Plague in India, 1896, 1897 - Volume 3
Year: 1896
Disease focus: Plague
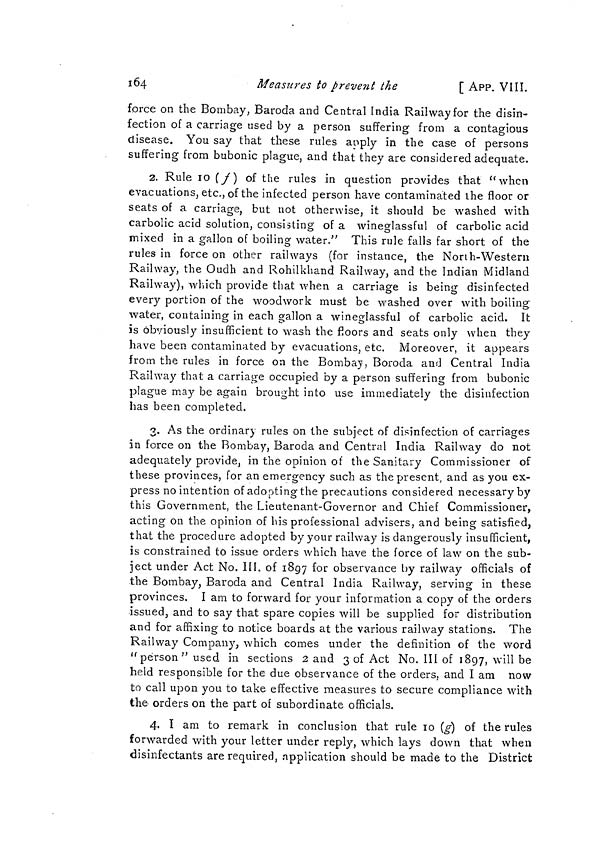
164
Measures to prévent the
[ APP. VIIÏ.
force on the Bombay, Baroda and Central India Railway for the disin-
fection of a carriage used by a person suffering from a contagious
disease. You say that these rules apply in the case of persons
suffering from bubonic plague, and that they are considered adequate.
2. Rule IO (f) of the rules in question provides that "when
evacuations, etc., of the infected person have contaminated the floor or
seats of a carriage, but not otherwise, it should be washed with
carbolic acid solution, consisting of a wineglassful of carbolic acid
mixed in a gallon of boiling water" This rule falls far short of the
rules in force on other railways (for instance, the North-Western
Railway, the Oudh and Rohilkhand Railway, and the Indian Midland
Railway), which provide that when a carriage is being disinfected
every portion of the woodwork must be washed over with boiling
water, containing in each gallon a wineglassful of carbolic acid. It
is obviously insufficient to wash the floors and seats only when they
have been contaminated by evacuations, etc. Moreover, it appears
from the rules in force on the Bombay, Boroda and Central India
Railway that a carriage occupied by a person suffering from bubonic
plague may be again brought into use immediately the disinfection
has been completed.
3. As the ordinary rules on the subject of disinfection of carriages
in force on the Bombay, Baroda and Central India Railway do not
adequately provide, in the opinion of the Sanitary Commissioner of
these provinces, for an emergency such as the present, and as you ex-
press no intention of adopting the precautions considered necessary by
this Government, the Lieutenant-Governor and Chief Commissioner,
acting on the opinion of his professional advisers, and being satisfied,
that the procedure adopted by your railway is dangerously insufficient,
is constrained to issue orders which have the force of law on the sub-
ject under Act No. III. of 1897 for observance by railway officials of
the Bombay, Baroda and Central India Railway, serving in these
provinces. I am to forward for your information a copy of the orders
issued, and to say that spare copies will be supplied for distribution
and for affixing to notice boards at the various railway stations. The
Railway Company, which comes under the definition of the word
"person" used in sections 2 and 3 of Act No. III of 1897, will be
held responsible for the due observance of the orders, and I am now
to call upon you to take effective measures to secure compliance with
the orders on the part of subordinate officials.
4- I am to remark in conclusion that rule 10 (g) of the rules
forwarded with your letter under reply, which lays down that when
disinfectants are required, application should be made to the District